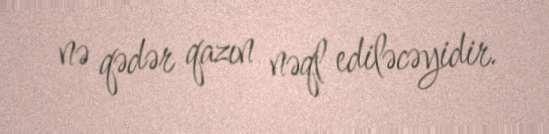
nə qədər qazın nəql ediləcəyidir.